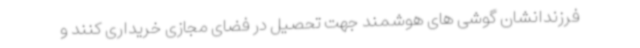
فرزندانشان گوشی های هوشمند جهت تحصیل در فضای مجازی خریداری کنند و